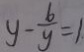
y - \frac { 6 } { y } = 1